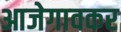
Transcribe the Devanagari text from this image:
आजेगावकर